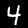
Digit: 4